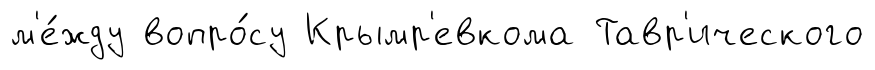
м'е́жду вопро́су Крымр'евкома Тавр'ического